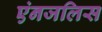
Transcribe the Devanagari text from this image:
एंनजलिस